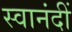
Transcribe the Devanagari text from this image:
स्वानंदीं